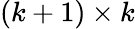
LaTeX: (k+1)\times k